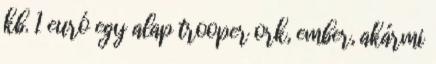
kb. 1 euró egy alap trooper ork, ember, akármi